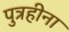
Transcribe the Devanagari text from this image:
पुत्रहीना